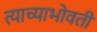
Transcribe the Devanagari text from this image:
त्याच्याभोवतीं